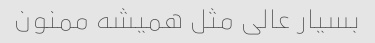
بسیار عالی مثل همیشه ممنون